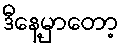
ဒီနေ့မှာတော့